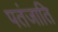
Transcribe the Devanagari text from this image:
पतंजाति